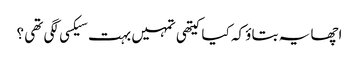
اچھا یہ بتاؤ کہ کیا کیتھی تمہیں بہت سیکسی لگی تھی ؟